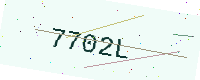
Text: 7702L